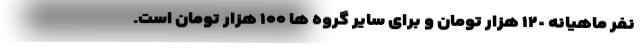
نفر ماهیانه ١٢٠ هزار تومان و برای سایر گروه ها ۱۰۰ هزار تومان است.